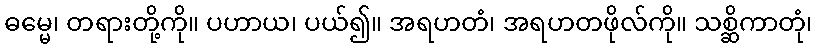
ဓမ္မေ၊ တရားတို့ကို။ ပဟာယ၊ ပယ်၍။ အရဟတံ၊ အရဟတဖိုလ်ကို။ သစ္ဆိကာတုံ၊